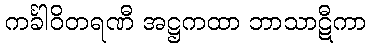
ကင်္ခါဝိတရဏီ အဋ္ဌကထာ ဘာသာဋီကာ